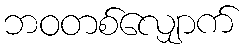
ဘဝတစ်လျှောက်